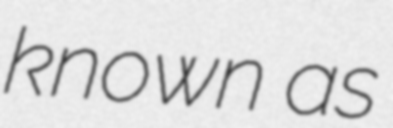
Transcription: known as